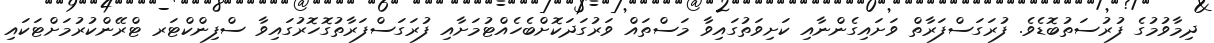
ދިމާވުމުގެ ފުރުސަތުބޮޑެވެ. ފުރަގަސްފަރާތް ވަށައިގެންނާއި ކަށިވަތުގައިވާ މަސްތައް ވަރުގަދަކޮށްބެހެއްޓުމަށާއި ފުރަގަސްފަރާތުގޮހޮރުގައިވާ ސްފިންކްޓަރ ޓްރޭންކުރުމަށްޓަކައި